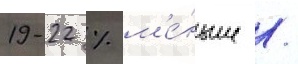
19-22 % м'е́ньше /